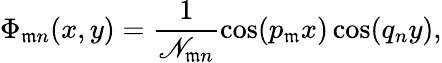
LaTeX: \Phi_{\mathfrak{m}n}(x,y)=\frac{{1}}{{\mathscr{{N}}_{\mathfrak{m}n}}}\cos(p_{\mathfrak{m}}x)\cos(q_{n}y),